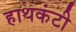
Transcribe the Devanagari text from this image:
हाथकंटी